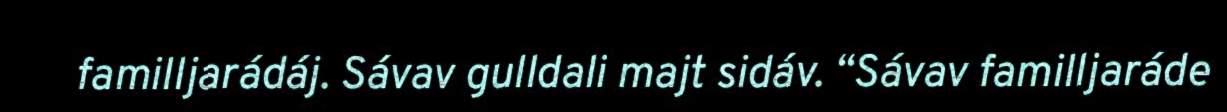
familljarádáj. Sávav gulldali majt sidáv. “Sávav familljaráde